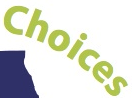
Choices